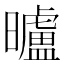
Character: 曥